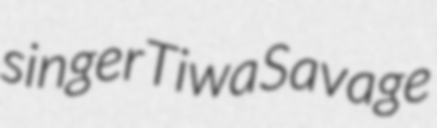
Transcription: singer Tiwa Savage